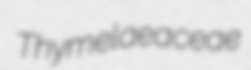
Thymelaeaceae